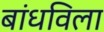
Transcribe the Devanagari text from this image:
बांधविला